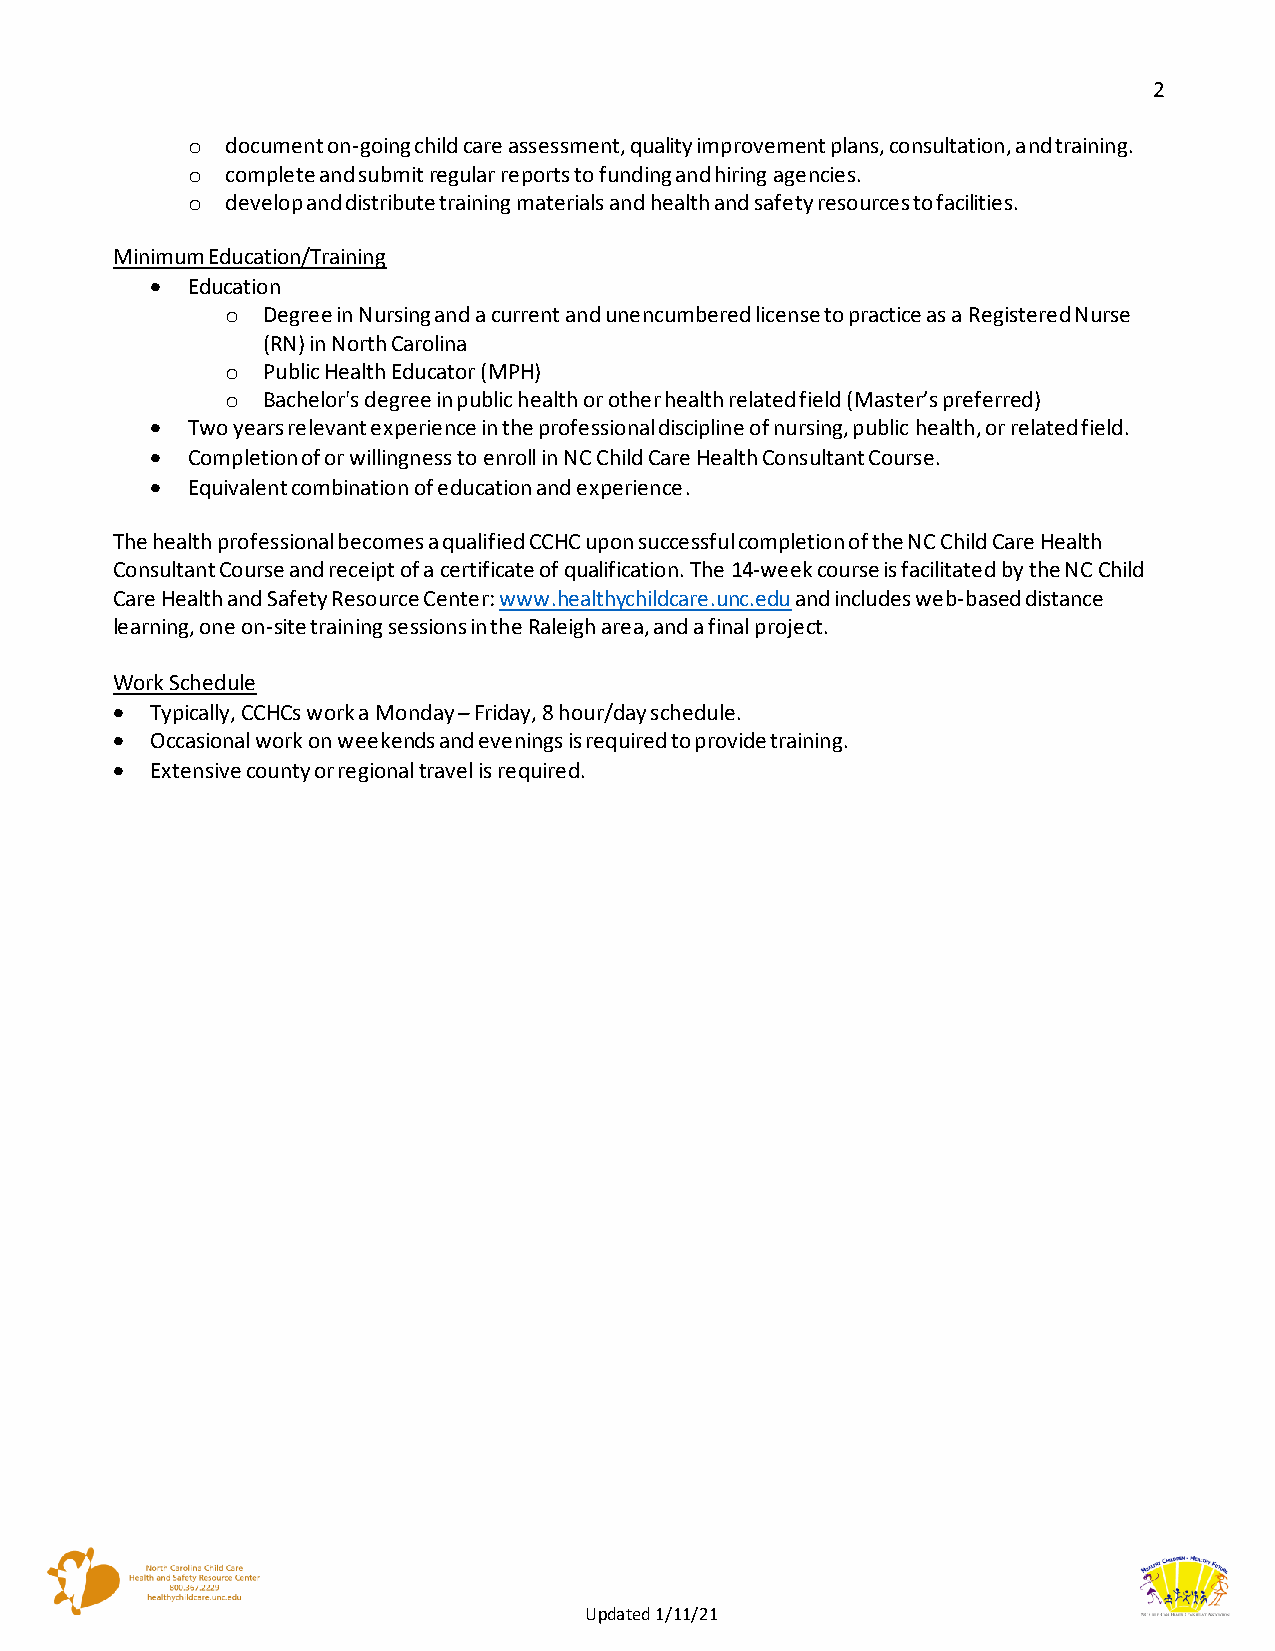
2
 o  document on-going child care assessment, quality improvement plans, consultation, and training.
 o  complete and submit regular reports to funding and hiring agencies.
 o  develop and distribute training materials and health and safety resources to facilities.
 Minimum Education/Training
 • Education
 o Degree in Nursing and a current and unencumbered license to practice as a Registered Nurse
 (RN) in North Carolina
 o Public Health Educator (MPH)
 o Bachelor's degree in public health or other health related field (Master’s preferred)
 • Two years relevant experience in the professional discipline of nursing, public health, or related field.
 • Completion of or willingness to enroll in NC Child Care Health Consultant Course.
 • Equivalent combination of education and experience.
 The health professional becomes a qualified CCHC upon successful completion of the NC Child Care Health
 Consultant Course and receipt of a certificate of qualification. The 14-week course is facilitated by the NC Child
 Care Health and Safety Resource Center: www.healthychildcare.unc.edu and includes web-based distance
 learning, one on-site training sessions in the Raleigh area, and a final project.
 Work Schedule
 •  Typically, CCHCs work a Monday – Friday, 8 hour/day schedule.
 •  Occasional work on weekends and evenings is required to provide training.
 •  Extensive county or regional travel is required.
 Updated 1/11/21